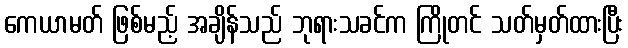
ကေယာမတ် ဖြစ်မည့် အချိန်သည် ဘုရားသခင်က ကြိုတင် သတ်မှတ်ထားပြီး